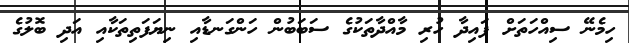
ހިމެނޭ ސިއްހަތަށް ފައިދާ ހުރި މާއްދާތަކުގެ ސަބަބުން ހަންގަނޑާއި ނިޔަފަތިތަކާއި އަދި ބޮލުގެ